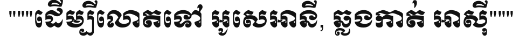
"""ដើម្បីលោតទៅ អូសេអានី, ឆ្លងកាត់ អាស៊ី"""